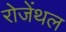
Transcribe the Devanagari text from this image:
रोजेंथल